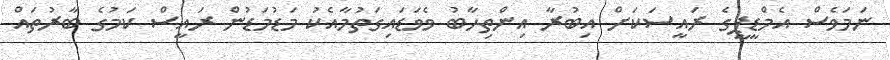
ނަމަވެސް އެމްޑީޕީގެ ރައީސަކަށް އިބުރާ އިންތިހާބު ވެވަޑައިގަތުމާއެކު މަޑުމަޑުން ރައީސް ކަމުގެ ބާރުތައް